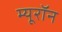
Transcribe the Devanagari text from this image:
म्यूरॉन